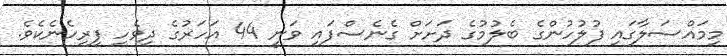
މިމައްސަލާގައި ފުލުހުންގެ ބެލުމުގެ ދަށަށް ގެނެސްފައި ވަނީ 44 އަހަރުގެ ދިވެހި ފިރިހެނެކެވެ.